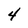
Character: 4